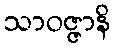
သာဝဇ္ဇာနိ